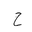
Letter: _ha